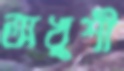
অখুশী